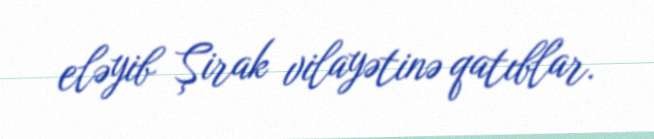
eləyib Şirak vilayətinə qatıblar.